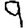
Digit: 9